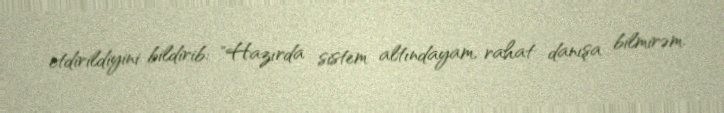
etdirildiyini bildirib: "Hazırda sistem altındayam, rahat danışa bilmirəm.